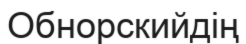
Обнорскийдің